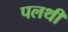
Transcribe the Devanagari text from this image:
पलथी